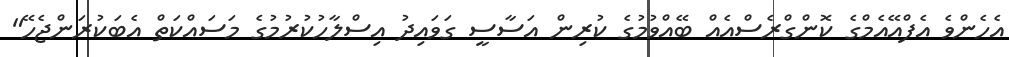
އެހެންވެ އެފްއޭއެމްގެ ކޮންގްރެސްއެއް ބޭއްވުމުގެ ކުރިން އަސާސީ ގަވައިދު އިސްލާހުކުރުމުގެ މަސައްކަތް އެބަކުރަންޖެހޭ"